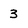
Character: 3